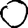
Digit: 0